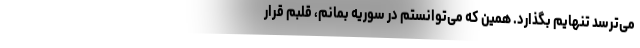
می‌ترسد تنهایم بگذارد. همین که می‌توانستم در سوریه بمانم، قلبم قرار